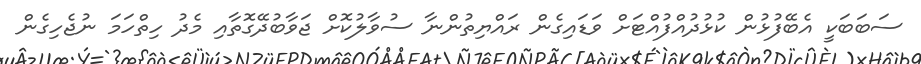
ސަބަބަކީ އެބޭފުޅުން ކުޅުދުއްފުއްޓަށް ވަޑައިގެން ރައްޔިތުންނާ ސުވާލުކޮށް ޖަވާބުދޭގޮތާއި މެދު ހިތްހަމަ ނުޖެހިގެން